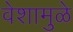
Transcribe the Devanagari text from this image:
वेशामुळे